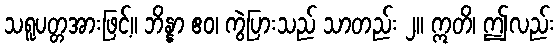
သရူပတ္တအားဖြင့်။ ဘိန္နာ ဧဝ၊ ကွဲပြားသည် သာတည်း ၂။ ဣတိ၊ ဤလည်း